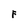
Character: F